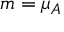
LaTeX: m = \mu _ { A }